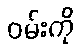
ဝမ်းကို